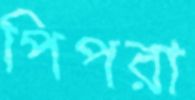
পিপরা